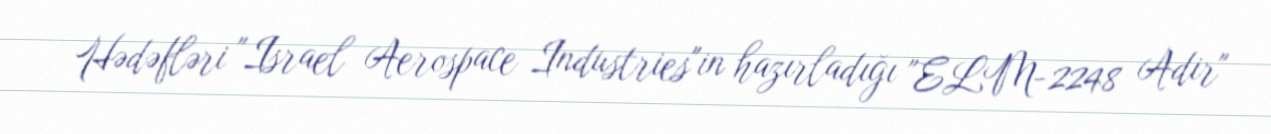
Hədəfləri "Israel Aerospace Industries"in hazırladığı "ELM-2248 Adir"